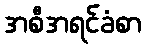
အစီအရင်ခံစာ